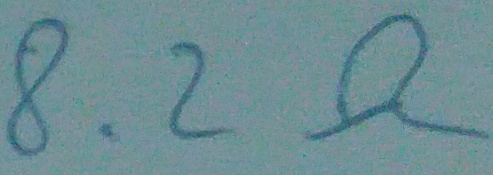
Text: 8.2Ω